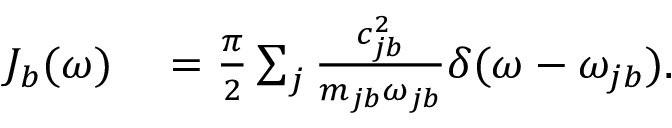
\begin{array} { r l } { J _ { b } ( \omega ) } & { { } = \frac { \pi } { 2 } \sum _ { j } \frac { c _ { j b } ^ { 2 } } { m _ { j b } \omega _ { j b } } \delta ( \omega - \omega _ { j b } ) . } \end{array}